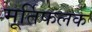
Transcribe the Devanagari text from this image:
मूर्तिफलक